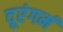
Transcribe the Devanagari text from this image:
दूरंगमं